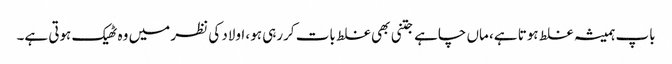
باپ ہمیشہ غلط ہوتا ہے، ماں چاہے جتنی بھی غلط بات کررہی ہو، اولاد کی نظر میں وہ ٹھیک ہوتی ہے۔